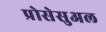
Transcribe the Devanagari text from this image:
प्रोसेसुअल